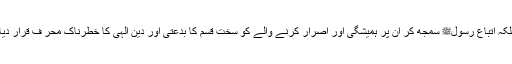
بلکہ اتباع رسولﷺ سمجھ کر ان پر ہمیشگی اور اصرار کرنے والے کو سخت قسم کا بدعتی اور دینِ الہی کا خطرناک مُحرِّ ف قرار دیا۔